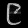
Digit: ၉